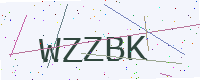
Text: WZZBK